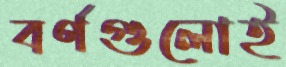
বর্ণগুলোই